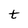
Character: t